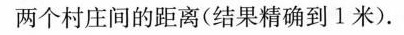
两个村庄间的距离(结果精确到1米).